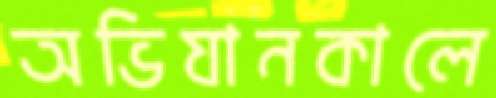
অভিযানকালে